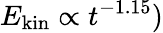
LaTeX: E_{\textrm{kin}}\propto t^{-1.15})